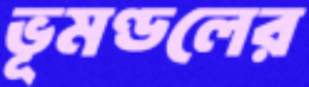
ভূমণ্ডলের